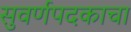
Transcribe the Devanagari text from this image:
सुवर्णपदकाचा